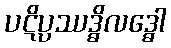
ပဋိပ္ပဿဒ္ဓိလဒ္ဓေါ